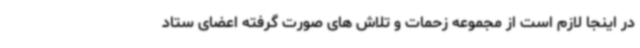
در اینجا لازم است از مجموعه زحمات و تلاش های صورت گرفته اعضای ستاد